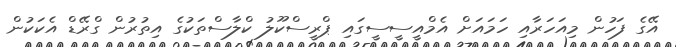
އޭގެ ފަހުން މިއަހަރާއި ހަމައަށް އެމްއީސީސީގައި ޕްރީސްކޫލު ކްލާސްތަކުގެ އިތުރުން ގްރޭޑް އެކަކުން